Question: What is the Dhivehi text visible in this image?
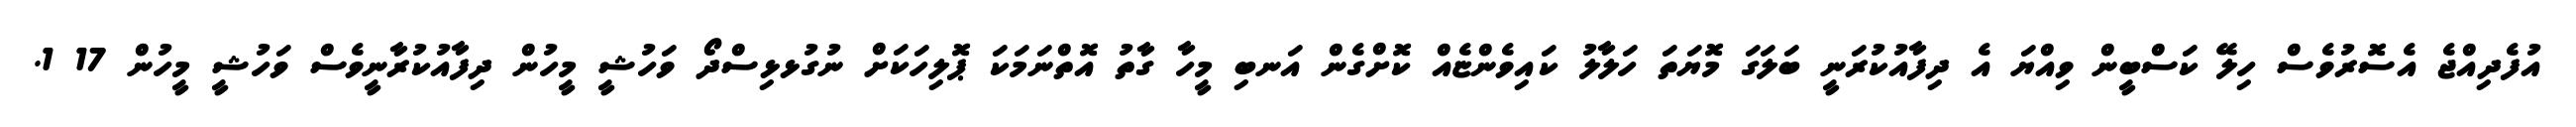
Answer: އުފެދިއްޖެ އެސޮރުވެސް ހިލޭ ކަސްބީން ވިއްޔަ އެ ދިފާއުކުރަނީ ބަލަގަ މޮޔަތަ ހަލާލު ކައިވެންޏެއް ކޮށްގެން އަނބި މީހާ ގާތު އޮތްނަމަކަ ޕޮލިހަކަށް ނުގުޅޅިސްދޯ ވަހުޝީ މީހުން ދިފާއުކުރާނީވެސް ވަހުޝީ މީހުން 17 1.